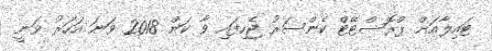
ޓައިލާއަށް ޕްރޮސްޓޭޓް ކެންސަރު ޖެހިފައި ވާ ކަން 2018 ވަނަ އަހަރު ވަނީ